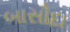
બાસૌદા